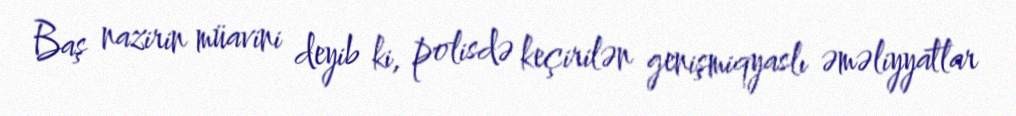
Baş nazirin müavini deyib ki, polisdə keçirilən genişmiqyaslı əməliyyatlar